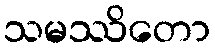
သမဿိတော